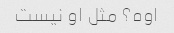
اوه؟ مثل او نیست